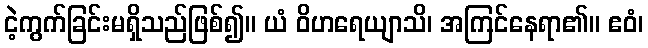
ငဲ့ကွက်ခြင်းမရှိသည်ဖြစ်၍။ ယံ ဝိဟရေယျာသိ၊ အကြင်နေရာ၏။ ဧဝံ၊